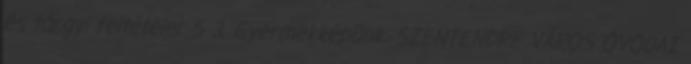
és tárgyi feltételei. 5 3. Gyermekképünk. SZENTENDRE VÁROS ÓVODAI